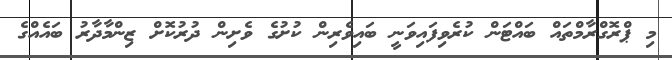
މި ޕްރޮގްރާމްތައް ބައްޓަން ކުރެވިފައިވަނީ ބައިވެރިން ކުށުގެ ވެށިން ދުރުކޮށް ޒިންމާދާރު ބައެއްގެ